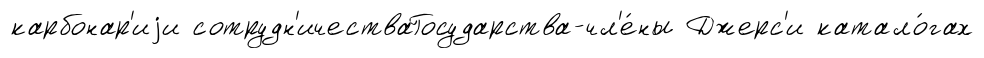
карбонар'иjи сотрудн'ичестваГосударства-чл'е́ны Джерс'и катало́гах